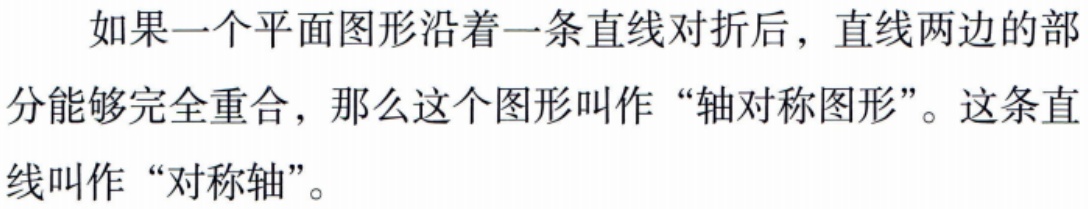
如果一个平面图形沿着一条直线对折后，直线两边的部分能够完全重合，那么这个图形叫作“轴对称图形”。这条直线叫作“对称轴”。